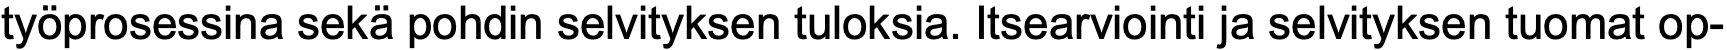
työprosessina sekä pohdin selvityksen tuloksia. Itsearviointi ja selvityksen tuomat op-